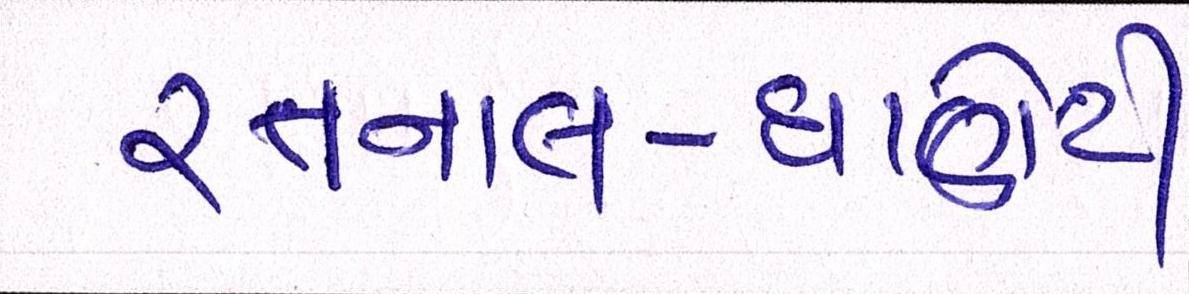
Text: રતનાલ-ધાણેટી